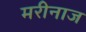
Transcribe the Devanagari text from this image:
मरीनाज